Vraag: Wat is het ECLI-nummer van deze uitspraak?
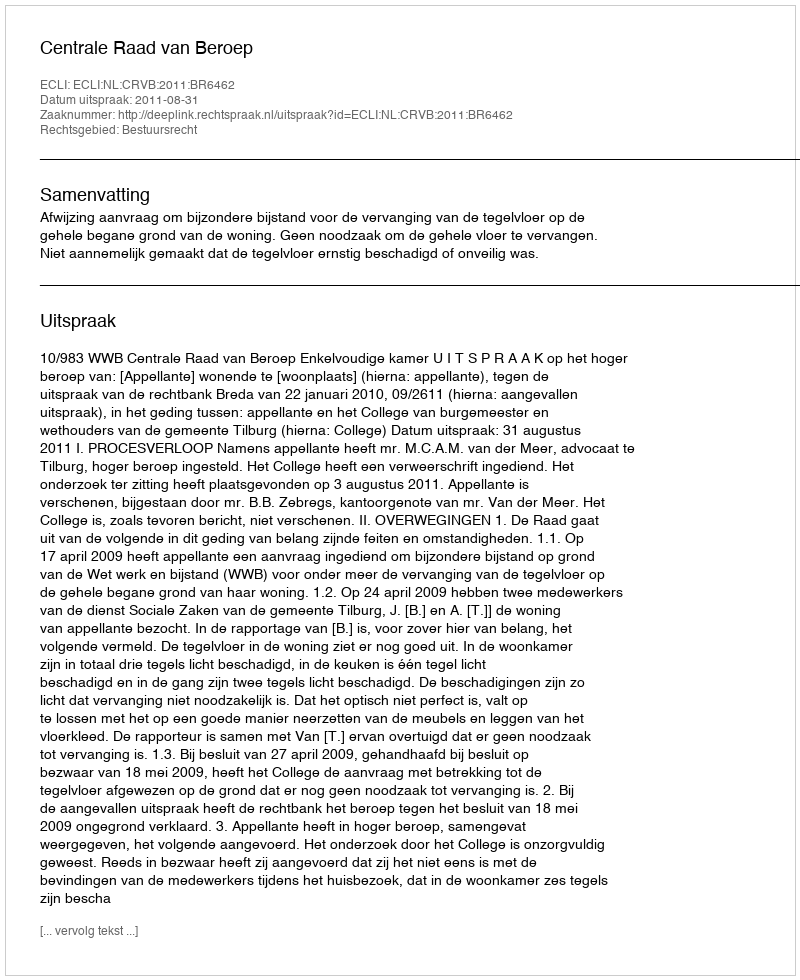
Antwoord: ECLI:NL:CRVB:2011:BR6462